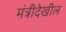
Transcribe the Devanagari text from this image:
मंत्रीदेखील